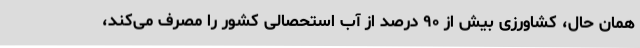
همان حال، کشاورزی بیش از ۹۰ درصد از آب استحصالی کشور را مصرف می‌کند،